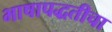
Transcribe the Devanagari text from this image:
भाषापद्धतीचा